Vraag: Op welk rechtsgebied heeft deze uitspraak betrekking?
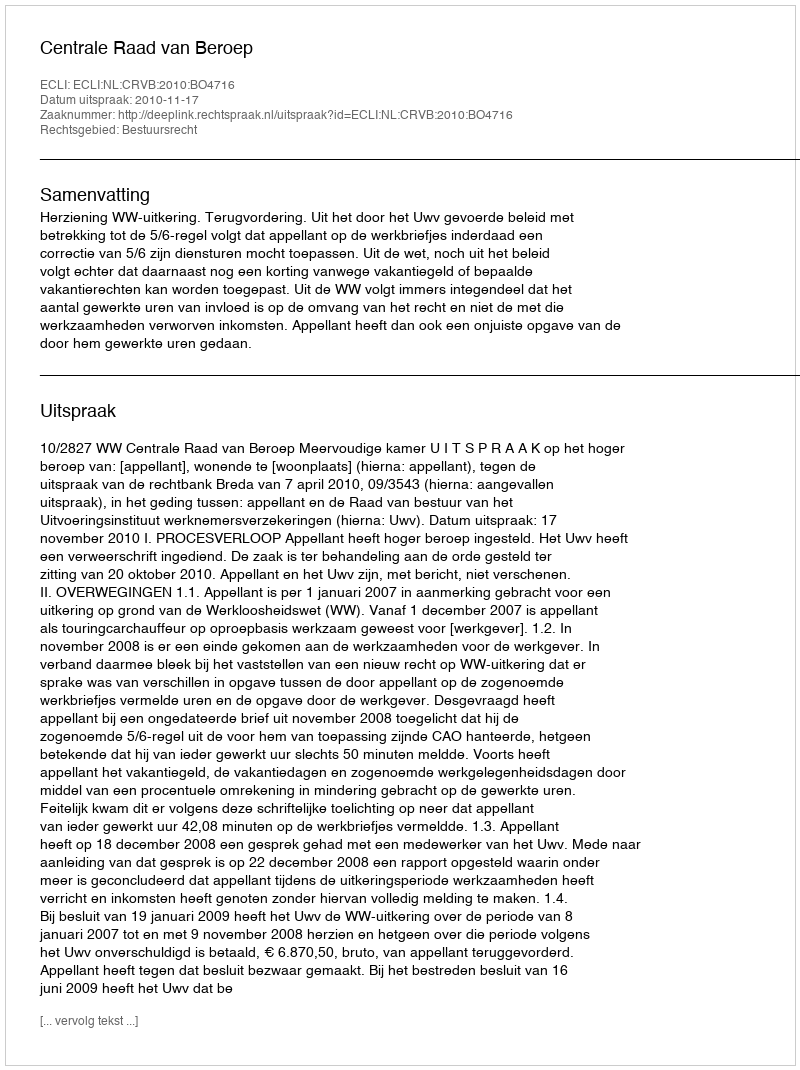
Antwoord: Bestuursrecht